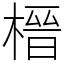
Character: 榗